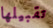
تقبيلها